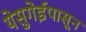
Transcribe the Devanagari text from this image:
येसुगेईपासून